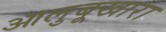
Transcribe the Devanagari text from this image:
आलुबूखारा